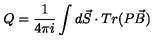
Q = \frac { 1 } { 4 \pi i } \int d \vec { S } \cdot T r ( P \vec { B } )